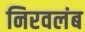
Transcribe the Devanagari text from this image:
निरवलंब